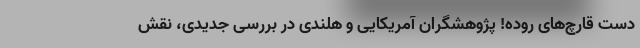
دست قارچ‌های روده! پژوهشگران آمریکایی و هلندی در بررسی جدیدی، نقش